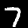
Label: 7